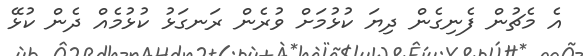
އެ މެޗުން ފެނިގެން ދިޔަ ކުޅުމަށް ވުރެން ރަނގަޅު ކުޅުމެއް ދެން ކުޅޭ